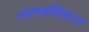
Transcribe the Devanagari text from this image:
त्यागबलिदान